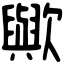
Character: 歟